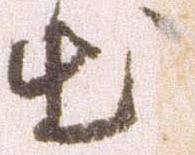
出